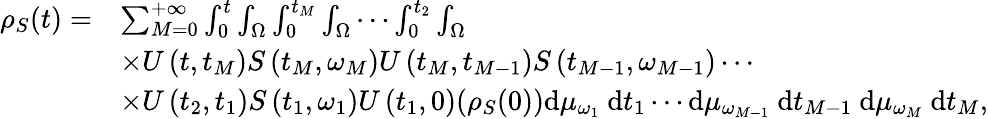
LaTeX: \begin{array}{rl}{{\rho}_{S}(t)=}&{\sum_{M=0}^{+\infty}\int_{0}^{t}\int_{\Omega}\int_{0}^{t_{M}}\int_{\Omega}\cdots\int_{0}^{t_{2}}\int_{\Omega}}\\ &{\times U\left(t,t_{M}\right)S\left(t_{M},\omega_{M}\right)U\left(t_{M},t_{M-1}\right)S\left(t_{M-1},\omega_{M-1}\right)\cdots}\\ &{\times U\left(t_{2},t_{1}\right)S\left(t_{1},\omega_{1}\right)U\left(t_{1},0\right)({\rho}_{S}(0))\mathrm{d}\mu_{\omega_{1}}\mathrm{~d}t_{1}\cdots\mathrm{d}\mu_{\omega_{M-1}}\mathrm{~d}t_{M-1}\mathrm{~d}\mu_{\omega_{M}}\mathrm{~d}t_{M},}\end{array}